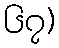
၆၇)